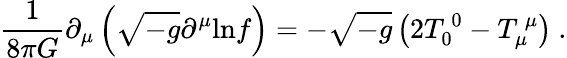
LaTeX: \frac{1}{8\pi G}\partial_{\mu}\left(\sqrt{-g}\partial^{\mu}\mathrm{ln}f\right)=-\sqrt{-g}\left(2T_{0}^{\ 0}-T_{\mu}^{\ \mu}\right)\ .